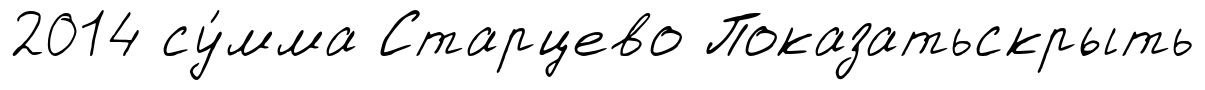
2014 су́мма Старцево Показатьскрыть